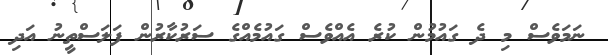
ނަމަވެސް މި ދެ ގައުމުން ކުރެ އެއްވެސް ގައުމެއްގެ ސަރުކާރުން ފަލަސްތީނު އަދި